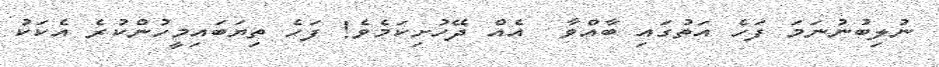
ނުލިބުނުނަމަ ފަހެ އަތުގައި ބާއްވާ  އެއް ދޭހުށިކަމެވެ! ފަހެ ތިޔަބައިމީހުންކުރެ އެކަކު